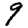
Digit: 9